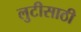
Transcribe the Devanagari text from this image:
लुटीसाठी